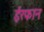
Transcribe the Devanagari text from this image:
ईरफान